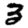
Digit: 3